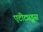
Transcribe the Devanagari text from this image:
एटीट्यूड्स